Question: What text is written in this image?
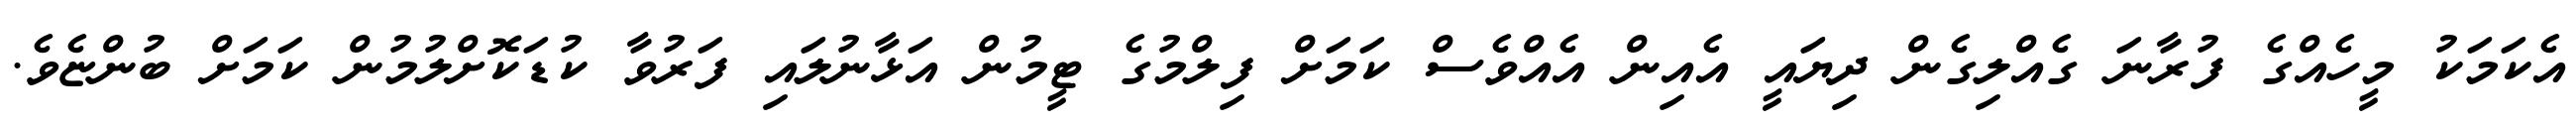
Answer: އެކަމަކު މީހެއްގެ ފުރާނަ ގެއްލިގެން ދިޔައީ އެއިން އެއްވެސް ކަމަށް ފިލްމުގެ ޓީމުން އަޅާނުލައި ފަރުވާ ކުޑަކޮށްލުމުން ކަމަށް ބުންޏެވެ.